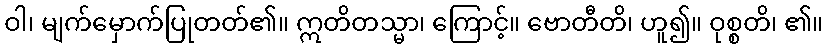
ဝါ၊ မျက်မှောက်ပြုတတ်၏။ ဣတိတသ္မာ၊ ကြောင့်။ ဗောတီတိ၊ ဟူ၍။ ဝုစ္စတိ၊ ၏။